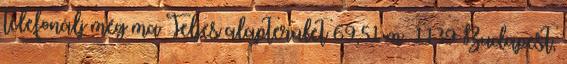
telefonálj még ma Teljes alapterület 69,51 m² 1139 Budapest,